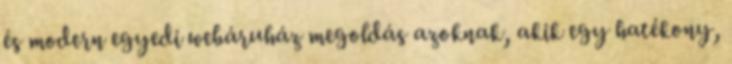
és modern egyedi webáruház megoldás azoknak, akik egy hatékony,